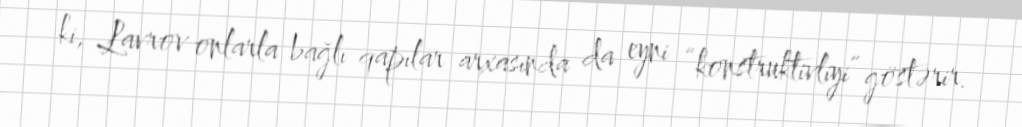
ki, Lavrov onlarla bağlı qapılar arxasında da eyni “konstruktivliyi” göstərir.